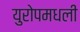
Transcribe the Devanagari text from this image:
युरोपमधली